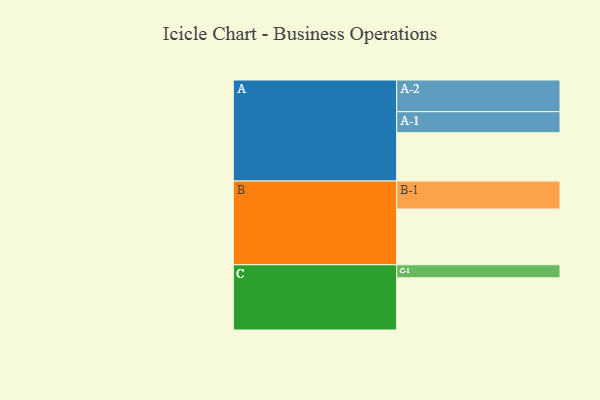
{"axis": {"x": "Segment", "y": "Value"}, "legend": ["", "A", "B", "C"], "data": [{"x": "A", "y": 363, "type": ""}, {"x": "B", "y": 419, "type": ""}, {"x": "C", "y": 392, "type": ""}, {"x": "A-1", "y": 158, "type": "A"}, {"x": "A-2", "y": 238, "type": "A"}, {"x": "B-1", "y": 210, "type": "B"}, {"x": "C-1", "y": 98, "type": "C"}]}